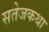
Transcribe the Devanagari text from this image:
सतेजकथा